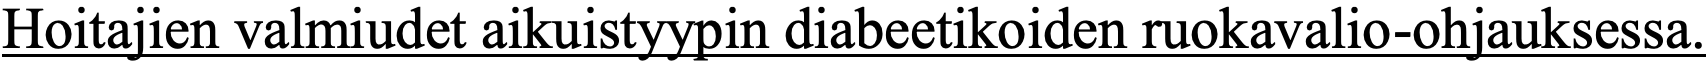
Hoitajien valmiudet aikuistyypin diabeetikoiden ruokavalio-ohjauksessa.